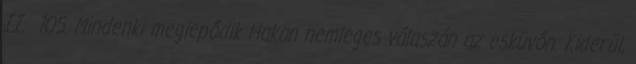
II. 105. Mindenki meglepődik Hakan nemleges válaszán az esküvőn. Kiderül,